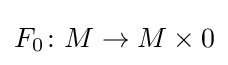
F_{0}\colon M\to M\times 0